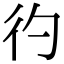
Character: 彴